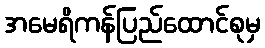
အမေရိကန်ပြည်ထောင်စုမှ